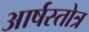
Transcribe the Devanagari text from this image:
आर्षस्तोत्र